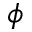
\boldsymbol { \phi }